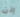
إذن